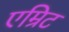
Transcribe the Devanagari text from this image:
एम्रिट